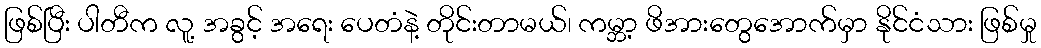
ဖြစ်ပြီး ပါတီက လူ့ အခွင့် အရေး ပေတံနဲ့ တိုင်းတာမယ်၊ ကမ္ဘာ့ ဖိအားတွေအောက်မှာ နိုင်ငံသား ဖြစ်မှု